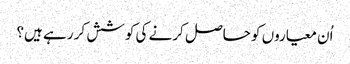
اُن معیاروں کو حاصل کرنے کی کوشش کر رہے ہیں؟